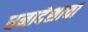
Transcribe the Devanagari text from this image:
धनादेशाचा